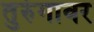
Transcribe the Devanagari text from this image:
तुरुंगावर